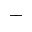
^ { + }